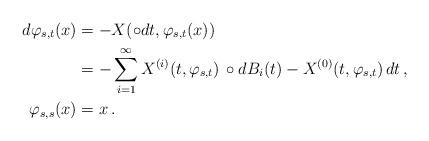
LaTeX: \begin{align*}d\varphi_{s,t}(x) & =-X(\circ dt,\varphi_{s,t}(x)) \\ & =-\sum_{i=1}^{\infty}X^{(i)}(t,\varphi_{s,t})\,\circ dB_{i}(t)-X^{(0)}(t,\varphi_{s,t})\, dt\,,\\\varphi_{s,s}(x) & =x\,. \end{align*}